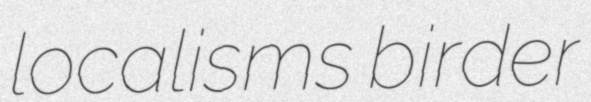
localisms birder